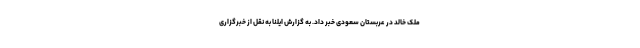
ملک خالد در عربستان سعودی خبر داد. به گزارش ایلنا به نقل از خبرگزاری